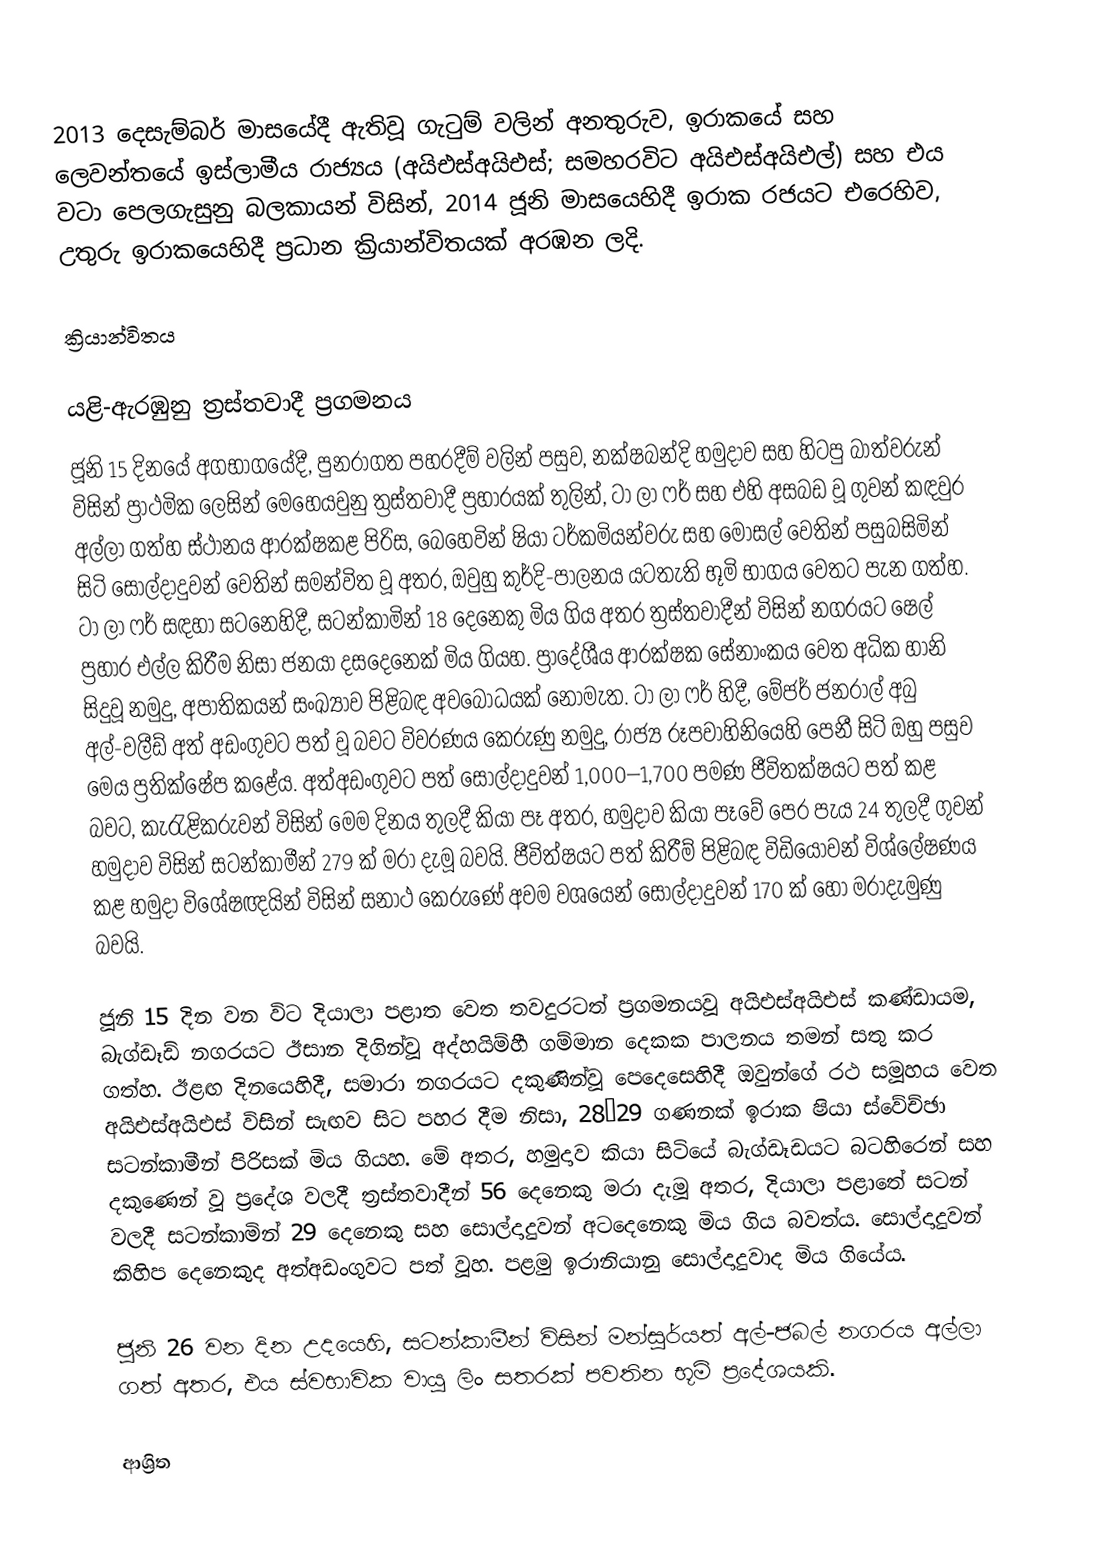
2013 දෙසැම්බර් මාසයේදී ඇතිවූ ගැටුම් වලින් අනතුරුව, ඉරාකයේ සහ ලෙවන්තයේ ඉස්ලාමීය රාජ්‍යය (අයිඑස්අයිඑස්; සමහරවිට අයිඑස්අයිඑල්) සහ එය වටා පෙලගැසුනු බලකායන් විසින්, 2014 ජූනි මාසයෙහිදී  ඉරාක රජයට එරෙහිව, උතුරු ඉරාකයෙහිදී ප්‍රධාන ක්‍රියාන්විතයක් අරඹන ලදි.

ක්‍රියාන්විතය

යළි-ඇරඹුනු ත්‍රස්තවාදී ප්‍රගමනය
ජූනි 15 දිනයේ අගභාගයේදී, පුනරාගත පහරදීම් වලින් පසුව, නක්ෂබන්දි හමුදාව සහ හිටපු බාත්වරුන් විසින් ප්‍රාථමික ලෙසින් මෙහෙයවුනු ත්‍රස්තවාදී ප්‍රහාරයක් තුලින්, ටා ලා ෆර් සහ එහි අසබඩ වූ ගුවන් කඳවුර අල්ලා ගත්හ ස්ථානය ආරක්ෂකළ පිරිස, බෙහෙවින් ෂියා ටර්කමියන්වරු සහ මොසල් වෙතින් පසුබසිමින් සිටි සොල්දාදුවන් වෙතින් සමන්විත වූ අතර, ඔවුහු කුර්දි-පාලනය යටතැති භූමි භාගය වෙතට පැන ගත්හ. ටා ලා ෆර් සඳහා සටනෙහිදී, සටන්කාමින් 18 දෙනෙකු මිය ගිය අතර ත්‍රස්තවාදීන් විසින් නගරයට ෂෙල් ප්‍රහාර එල්ල කිරීම නිසා ජනයා දසදෙනෙක් මිය ගියහ.  ප්‍රාදේශීය ආරක්ෂක සේනාංකය වෙත අධික හානි සිදුවූ නමුදු, අපාතිකයන් සංඛ්‍යාව පිළිබඳ අවබෝධයක් නොමැත.  ටා ලා ෆර් හිදී, මේජර් ජනරාල් අබු අල්-වලීඩ් අත් අඩංගුවට පත් වූ බවට විවරණය කෙරුණු නමුදු, රාජ්‍ය රූපවාහිනියෙහි පෙනී සිටි ඔහු පසුව මෙය ප්‍රතික්ෂේප කළේය.  අත්අඩංගුවට පත් සොල්දාදුවන් 1,000–1,700 පමණ ජීවිතක්ෂයට පත් කළ බවට, කැරැළිකරුවන් විසින් මෙම දිනය තුලදී කියා පෑ අතර, හමුදාව කියා පෑවේ පෙර පැය 24 තුලදී ගුවන් හමුදාව විසින් සටන්කාමීන් 279 ක් මරා දැමූ බවයි.  ජීවිත්ෂයට පත් කිරීම් පිළිබඳ විඩියෝවන් විශ්ලේෂණය කළ හමුදා විශේෂඥයින් විසින් සනාථ කෙරුණේ අවම වශයෙන් සොල්දාදුවන් 170 ක් හෝ මරාදැමුණු බවයි.

ජූනි 15 දින වන විට දියාලා පළාත වෙත තවදුරටත් ප්‍රගමනයවූ අයිඑස්අයිඑස් කණ්ඩායම,  බැග්ඩෑඩ් නගරයට ඊසාන දිගින්වූ අද්හයිම්හී ගම්මාන දෙකක පාලනය තමන් සතු කර ගත්හ.  ඊළඟ දිනයෙහිදී, සමාරා නගරයට දකුණින්වූ පෙදෙසෙහිදී ඔවුන්ගේ රථ සමූහය වෙත අයිඑස්අයිඑස් විසින් සැඟව සිට පහර දීම නිසා,  28–29 ගණනක් ඉරාක ෂියා  ස්වේච්ඡා සටන්කාමීන් පිරිසක් මිය ගියහ. මේ අතර, හමුදාව කියා සිටියේ බැග්ඩෑඩයට බටහිරෙන් සහ දකුණෙන් වූ ප්‍රදේශ වලදී ත්‍රස්තවාදීන් 56 දෙනෙකු මරා දැමූ අතර, දියාලා පළාතේ සටන් වලදී සටන්කාමින් 29 දෙනෙකු සහ සොල්දාදුවන් අටදෙනෙකු මිය ගිය බවත්ය. සොල්දාදුවන් කිහිප දෙනෙකුද අත්අඩංගුවට පත් වූහ.   පළමු ඉරානියානු සොල්දාදුවාද මිය ගියේය.

ජූනි 26 වන දින උදයෙහි, සටන්කාමීන් විසින් මන්සූර්යත් අල්-ජබල් නගරය අල්ලා ගත් අතර, එය ස්වභාවික වායු ලිං සතරක් පවතින භූමි ප්‍රදේශයකි.

ආශ්‍රිත